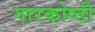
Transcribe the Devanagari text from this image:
गारकोष्ठी